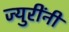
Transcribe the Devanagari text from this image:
ज्युरींनी